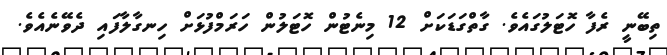
ތިބޭނީ ރެފާ ހޮޓަލުގައެވެ. ގާތްގަޑަކަށް 12 މިނެޓުން ހޮޓަލުން ހަރަމްފުޅަށް ހިނގާލާފައި ދެވޭނެއެވެ.